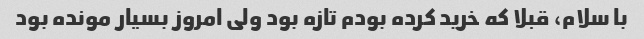
با سلام، قبلا که خرید کرده بودم تازه بود ولی امروز بسیار مونده بود